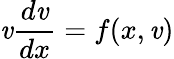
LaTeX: \mathit{v}{\frac{{d\mathit{v}}}{{dx}}}=f(x,\mathit{v})